Problem: 15 + 31 = ?
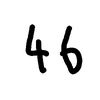
Handwritten answer: 46